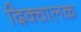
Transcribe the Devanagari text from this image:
दिक्चालक